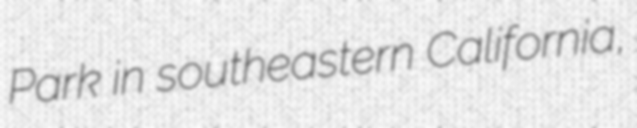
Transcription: Park in southeastern California,